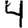
Digit: 4